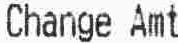
CHANGE AMT